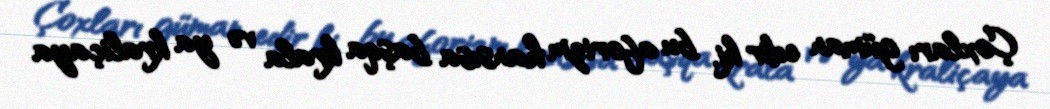
Çoxları güman edir ki, bu aforizm hansısa başqa krala və ya kraliçaya